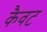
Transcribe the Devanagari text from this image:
कैवट